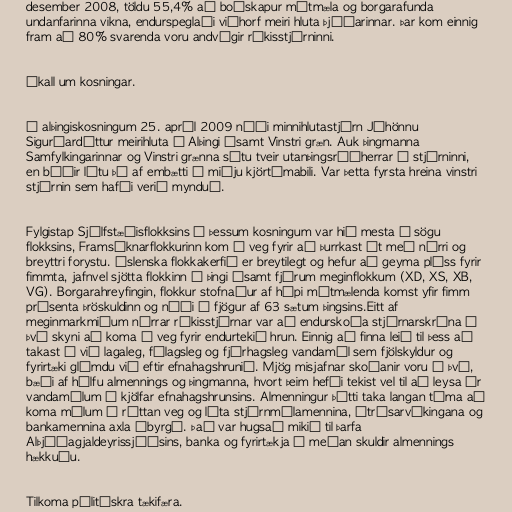
desember 2008, töldu 55,4% að boðskapur mótmæla og borgarafunda
undanfarinna vikna, endurspeglaði viðhorf meiri hluta þjóðarinnar. Þar kom einnig
fram að 80% svarenda voru andvígir ríkisstjórninni.

Ákall um kosningar.

Í alþingiskosningum 25. apríl 2009 náði minnihlutastjórn Jóhönnu
Sigurðardóttur meirihluta á Alþingi ásamt Vinstri græn. Auk þingmanna
Samfylkingarinnar og Vinstri grænna sátu tveir utanþingsráðherrar í stjórninni,
en báðir létu þó af embætti á miðju kjörtímabili. Var þetta fyrsta hreina vinstri
stjórnin sem hafði verið mynduð.

Fylgistap Sjálfstæðisflokksins í þessum kosningum var hið mesta í sögu
flokksins, Framsóknarflokkurinn kom í veg fyrir að þurrkast út með nýrri og
breyttri forystu. Íslenska flokkakerfið er breytilegt og hefur að geyma pláss fyrir
fimmta, jafnvel sjötta flokkinn á þingi ásamt fjórum meginflokkum (XD, XS, XB,
VG). Borgarahreyfingin, flokkur stofnaður af hópi mótmælenda komst yfir fimm
prósenta þröskuldinn og náði í fjögur af 63 sætum þingsins.Eitt af
meginmarkmiðum nýrrar ríkisstjórnar var að endurskoða stjórnarskrána í
því skyni að koma í veg fyrir endurtekið hrun. Einnig að finna leið til þess að
takast á við lagaleg, félagsleg og fjárhagsleg vandamál sem fjölskyldur og
fyrirtæki glímdu við eftir efnahagshrunið. Mjög misjafnar skoðanir voru á því,
bæði af hálfu almennings og þingmanna, hvort þeim hefði tekist vel til að leysa úr
vandamálum í kjölfar efnahagshrunsins. Almenningur þótti taka langan tíma að
koma málum á réttan veg og láta stjórnmálamennina, útrásarvíkingana og
bankamennina axla ábyrgð. Það var hugsað mikið til þarfa
Alþjóðagjaldeyrissjóðsins, banka og fyrirtækja á meðan skuldir almennings
hækkuðu.

Tilkoma pólitískra tækifæra.